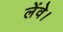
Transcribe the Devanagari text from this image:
लेंवे।